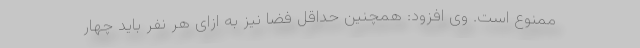
ممنوع است. وی افزود: همچنین حداقل فضا نیز به ازای هر نفر باید چهار